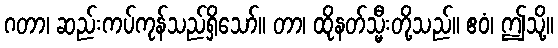
ဂတာ၊ ဆည်းကပ်ကုန်သည်ရှိသော်။ တာ၊ ထိုနတ်သ္မီးတို့သည်။ ဧဝံ၊ ဤသို့။